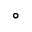
^ \circ